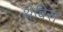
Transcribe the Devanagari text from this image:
थेबिस